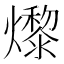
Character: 𤑬